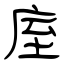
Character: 庢